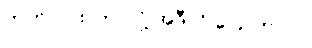
ဟုတ်လား၊ ဘာလို့ အဲဒီလို ပြောတာလဲ